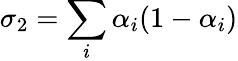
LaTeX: \sigma_{2}=\sum_{i}\alpha_{i}(1-\alpha_{i})